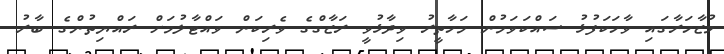
މުޒާހަރާގައި ވާހަކަފުޅު ސައްކަވަމުން މަހާތީރު ވިދާޅުވީ ރަޒާގްގެ ވެރިކަން ވައްޓާލުމަށް ރައްޔިތުންގެ ބާރު